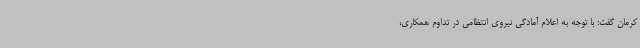
کرمان گفت: با توجه به اعلام آمادگی نیروی انتظامی در تداوم همکاری،